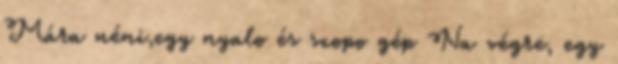
Mára néni,egy nyalo és szopo gép Na végre, egy